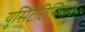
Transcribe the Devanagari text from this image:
युसिटेटिसियम